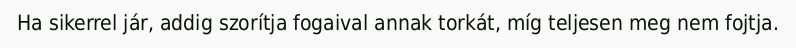
Ha sikerrel jár, addig szorítja fogaival annak torkát, míg teljesen meg nem fojtja.